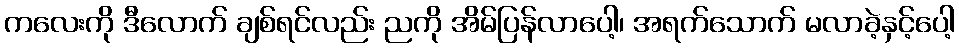
ကလေးကို ဒီလောက် ချစ်ရင်လည်း ညကို အိမ်ပြန်လာပေါ့၊ အရက်သောက် မလာခဲ့နှင့်ပေါ့